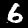
Label: 6